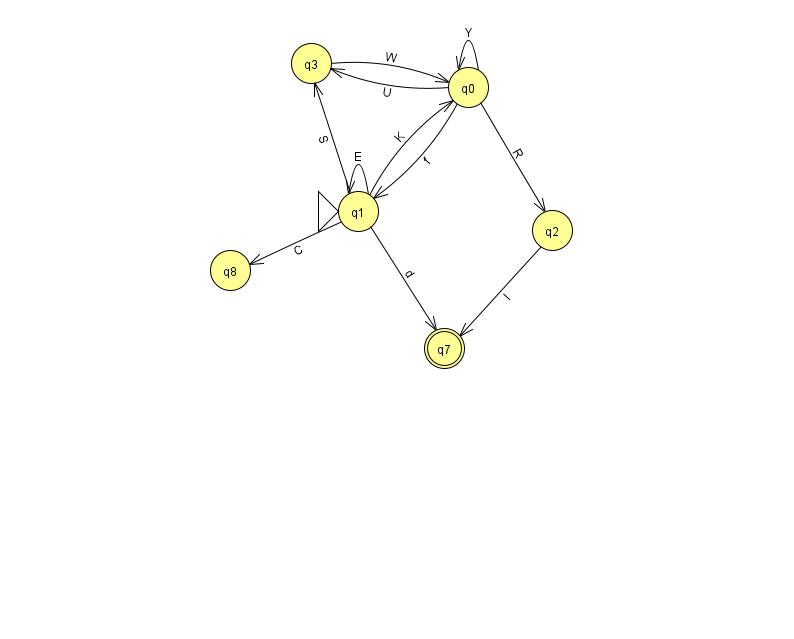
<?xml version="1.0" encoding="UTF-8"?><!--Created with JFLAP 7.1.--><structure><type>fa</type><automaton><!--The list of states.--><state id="0" name="q0"><x>468.0</x><y>74.0</y></state><state id="1" name="q1"><x>358.0</x><y>198.0</y><initial/></state><state id="2" name="q2"><x>552.0</x><y>217.0</y></state><state id="3" name="q3"><x>311.0</x><y>50.0</y></state><state id="7" name="q7"><x>444.0</x><y>335.0</y><final/></state><state id="8" name="q8"><x>230.0</x><y>257.0</y></state><!--The list of transitions.--><transition><from>0</from><to>1</to><read>f</read></transition><transition><from>1</from><to>8</to><read>C</read></transition><transition><from>0</from><to>2</to><read>R</read></transition><transition><from>1</from><to>1</to><read>E</read></transition><transition><from>2</from><to>7</to><read>l</read></transition><transition><from>3</from><to>0</to><read>W</read></transition><transition><from>0</from><to>0</to><read>Y</read></transition><transition><from>0</from><to>3</to><read>U</read></transition><transition><from>1</from><to>3</to><read>S</read></transition><transition><from>1</from><to>0</to><read>K</read></transition><transition><from>1</from><to>7</to><read>d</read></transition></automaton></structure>